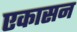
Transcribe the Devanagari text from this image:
एकासन